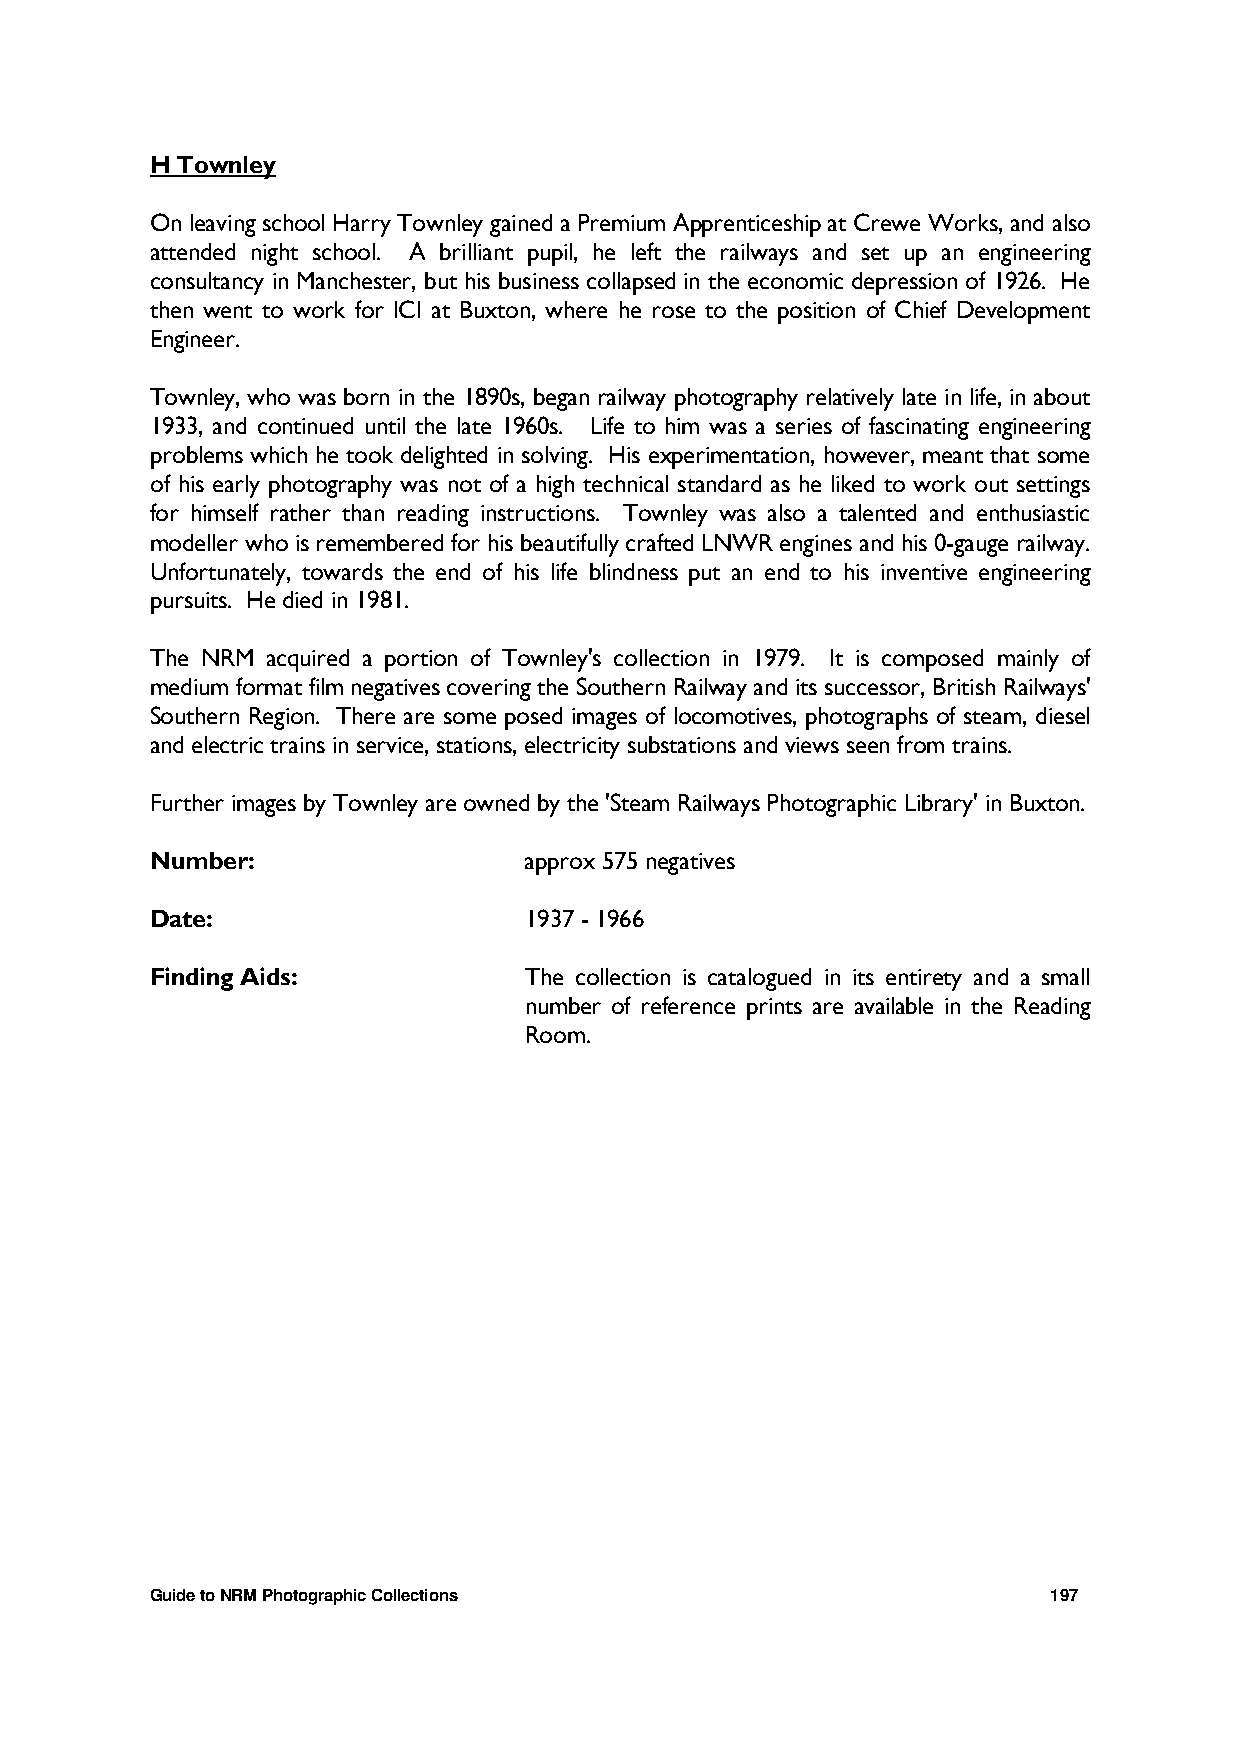
H Townley
 On leaving school Harry Townley gained a Premium Apprenticeship at Crewe Works, and also
 attended night school. A brilliant pupil, he left the railways and set up an engineering
 consultancy in Manchester, but his business collapsed in the economic depression of 1926. He
 then went to work for ICI at Buxton, where he rose to the position of Chief Development
 Engineer.
 Townley, who was born in the 1890s, began railway photography relatively late in life, in about
 1933, and continued until the late 1960s. Life to him was a series of fascinating engineering
 problems which he took delighted in solving. His experimentation, however, meant that some
 of his early photography was not of a high technical standard as he liked to work out settings
 for himself rather than reading instructions. Townley was also a talented and enthusiastic
 modeller who is remembered for his beautifully crafted LNWR engines and his 0-gauge railway.
 Unfortunately, towards the end of his life blindness put an end to his inventive engineering
 pursuits. He died in 1981.
 The NRM acquired a portion of Townley's collection in 1979. It is composed mainly of
 medium format film negatives covering the Southern Railway and its successor, British Railways'
 Southern Region. There are some posed images of locomotives, photographs of steam, diesel
 and electric trains in service, stations, electricity substations and views seen from trains.
 Further images by Townley are owned by the 'Steam Railways Photographic Library' in Buxton.
 Number:                  approx 575 negatives
 Date:                    1937 - 1966
 Finding Aids:            The collection is catalogued in its entirety and a small
 number of reference prints are available in the Reading
 Room.
 Guide to NRM Photographic Collections                       197